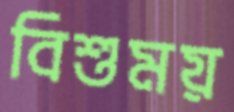
বিশুময়